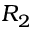
R _ { 2 }